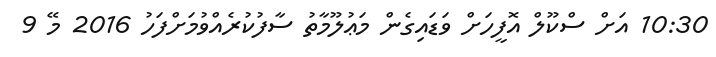
10:30 އަށް ސްކޫލް އޮފީހަށް ވަޑައިގެން މަޢުލޫމާތު ސާފުކުރެއްވުމަށްފަހު 2016 މޭ 9